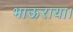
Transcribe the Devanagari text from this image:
भाऊराया।